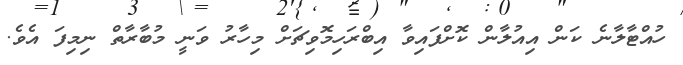
ހުއްޓާލާނެ ކަން އިއުލާން ކޮށްފައިވާ އިބްރަހިމޮވިޗަށް މިހާރު ވަނީ މުބާރާތް ނިމިފަ އެވެ.